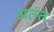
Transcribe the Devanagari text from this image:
अतंत